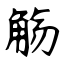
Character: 觞